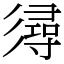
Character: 𢒫